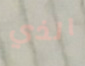
الذي